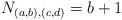
LaTeX: \begin{align*} N_{(a,b),(c,d)} = b+1 \end{align*}